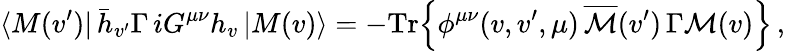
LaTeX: \langle M(v^{\prime})|\, \bar{h}_{v^{\prime}}\Gamma\, iG^{\mu\nu}h_{v}\, |M(v)\rangle=-\mathrm{Tr}\Big\{ \phi^{\mu\nu}(v,v^{\prime},\mu)\, \overline{{{\cal M}}}(v^{\prime})\, \Gamma{\cal M}(v)\Big\} \, ,